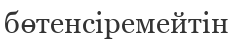
бөтенсіремейтін